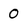
Character: 0